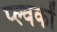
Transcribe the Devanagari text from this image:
प्ल्वकों